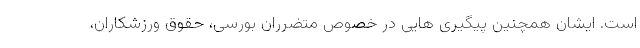
است. ایشان همچنین پیگیری هایی در خصوص متضرّرانِ بورسی، حقوق ورزشکاران،